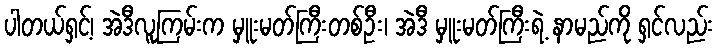
ပါတယ်ရှင့်၊ အဲဒီလူကြမ်းက မှူးမတ်ကြီးတစ်ဦး၊ အဲဒီ မှူးမတ်ကြီးရဲ့ နာမည်ကို ရှင်လည်း